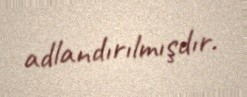
adlandırılmışdır.